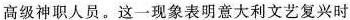
高级神职人员。这一现象表明意大利文艺复兴时